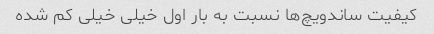
کیفیت ساندویچ‌ها نسبت به بار اول خیلی خیلی کم شده